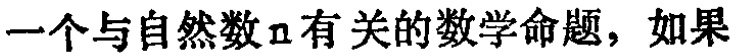
一个与自然数\(n\)有关的数学命题，如果